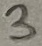
Text: 3